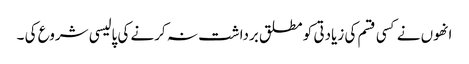
انھوں نے کسی قسم کی زیادتی کو مطلق برداشت نہ کرنے کی پالیسی شروع کی ۔